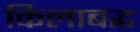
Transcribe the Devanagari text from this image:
किलाबद्ध